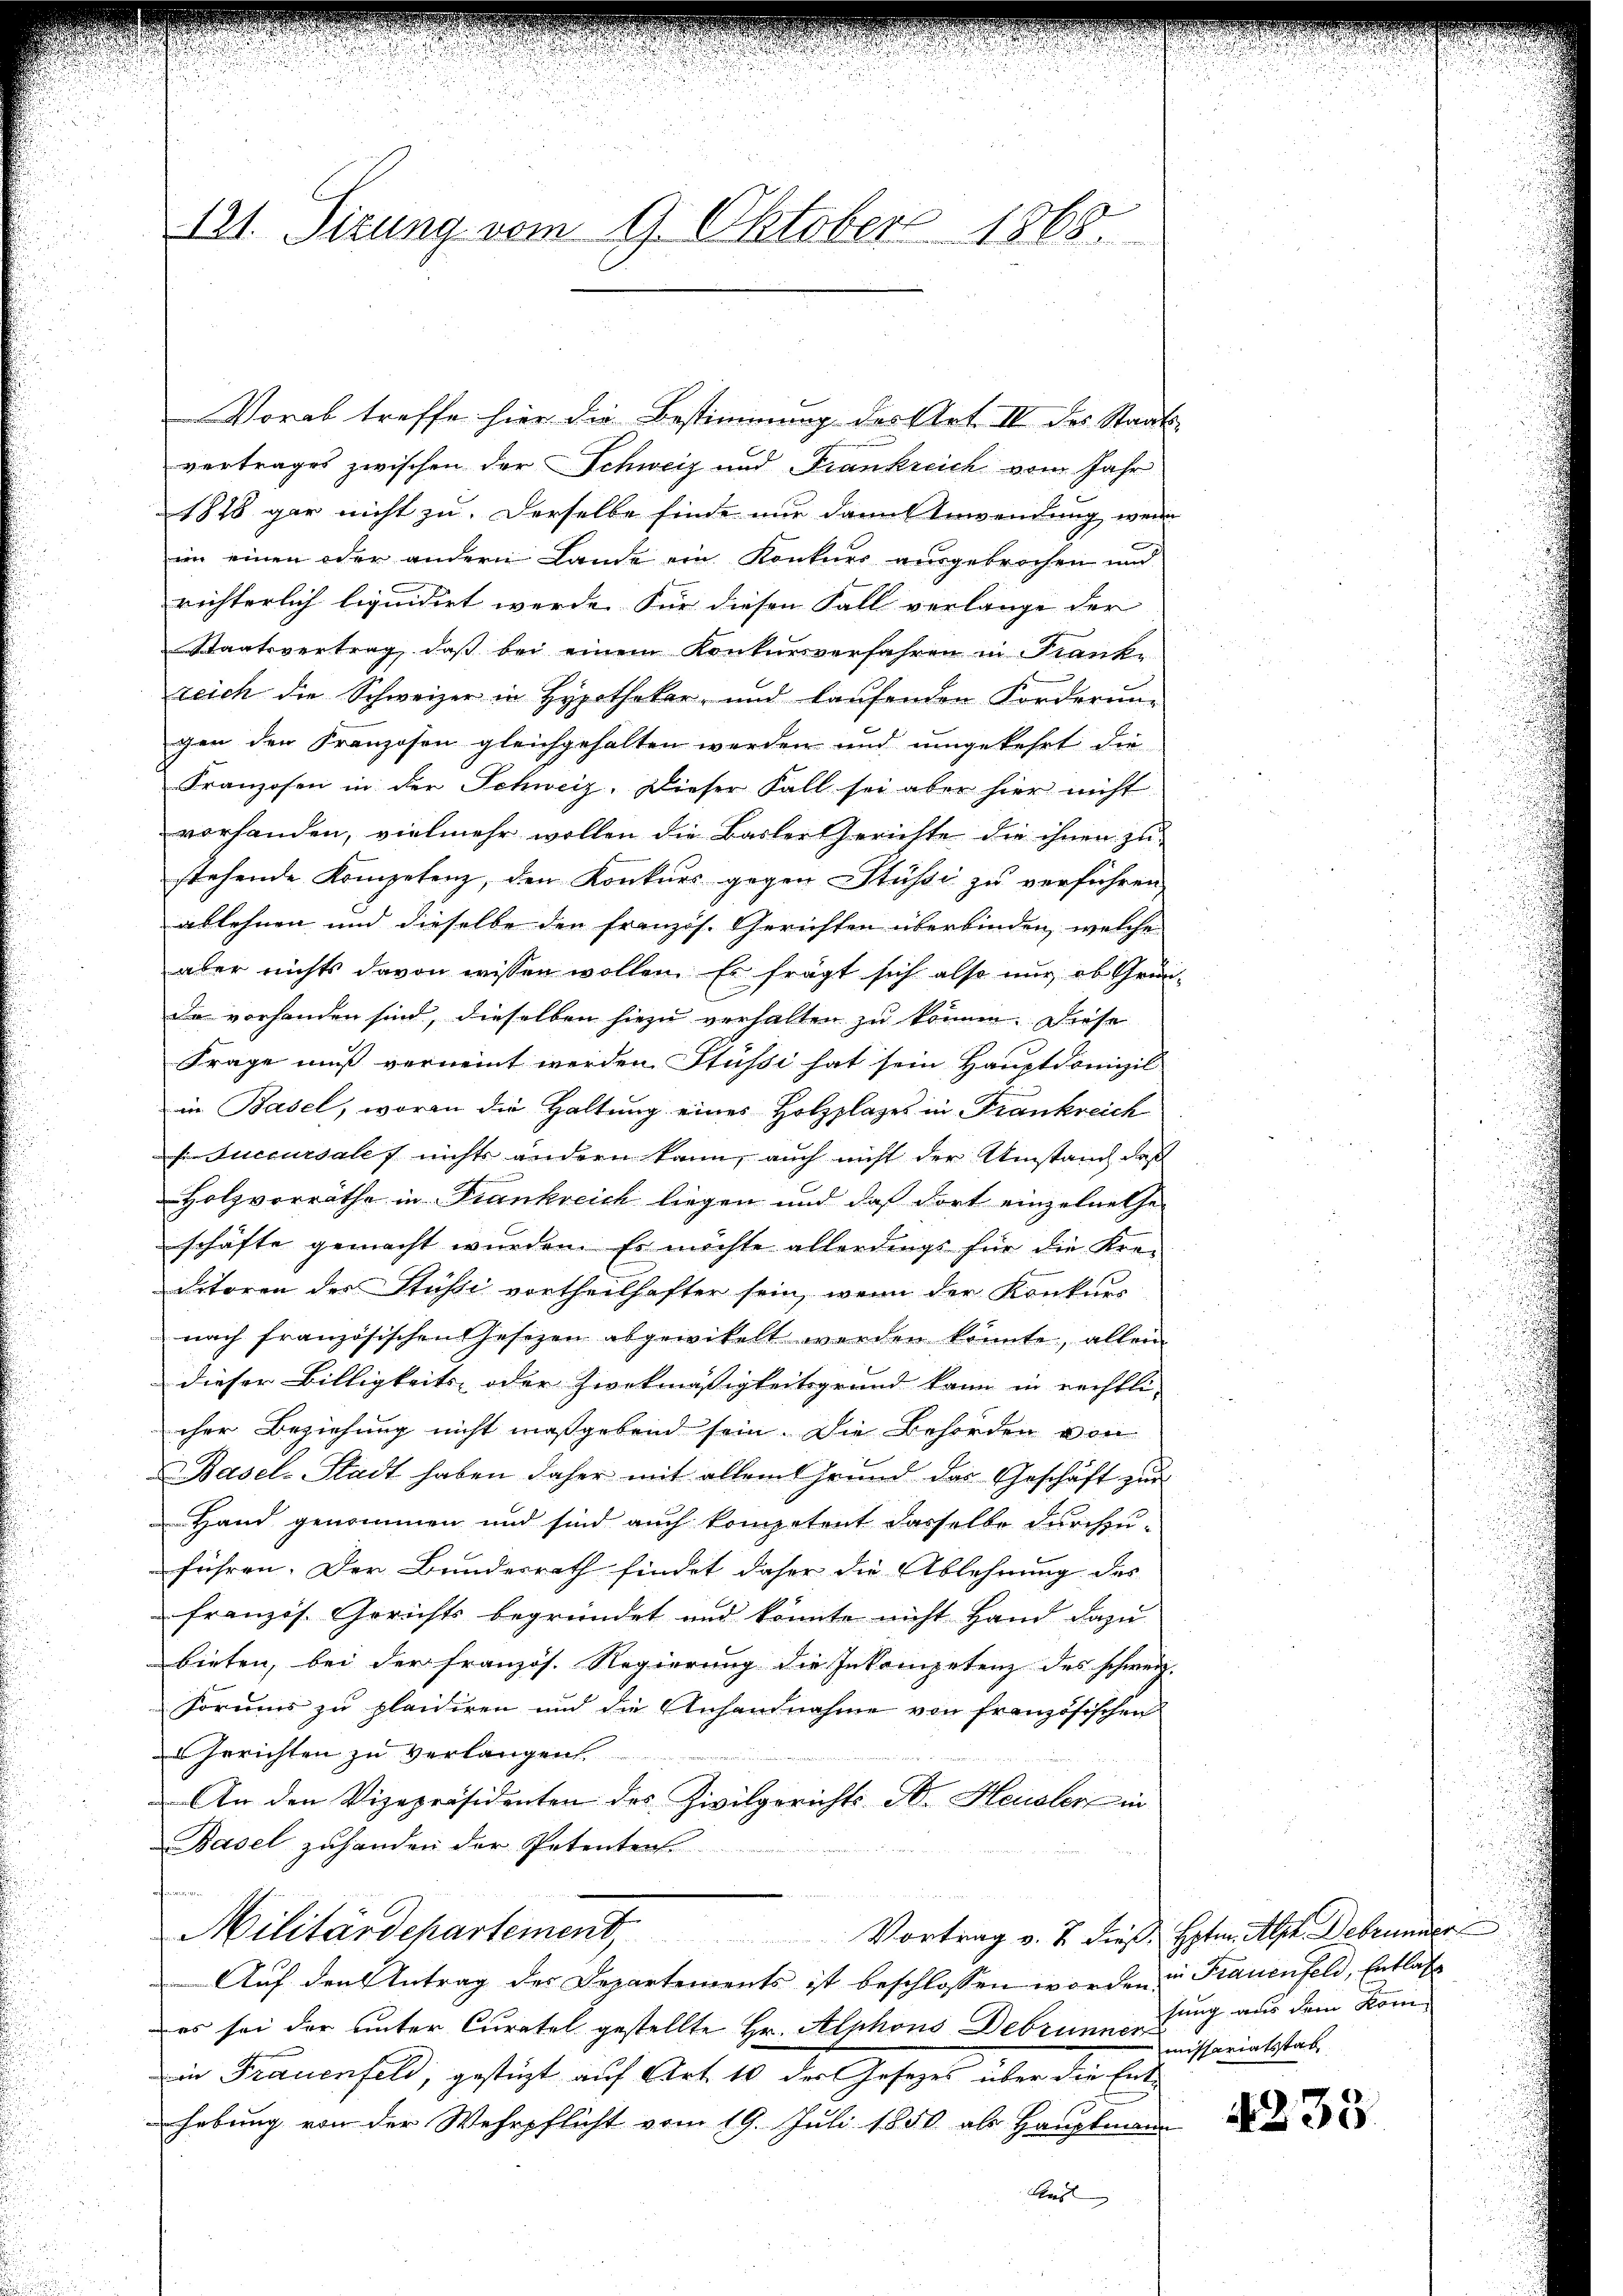
121. Sizung vom 9. Oktober 1865.

vertrages zwischen der Schweiz und Frankreich vom Jahr
1818 gar nicht zu. Derselbe finde nur dann Anwendung wenn
im einen oder andern Lande ein Konkurs ausgebrochen und
richterlich liquidirt werde. Für diesen Fall verlange der
Staatsvertrag, daß bei einem Konkursverfahren in Franke
reich die Schweizer in Hypothekar- und kaufenden Forderung
gen den Franzosen gleichgehalten werden und umgekehrt die
Franzosen in der Schweiz. Dieser Fall sei aber hier nicht
vorhanden, vielmehr wollen die Basler Gerichte die ihnen zustehende Kompetenz, den Konkurs gegen Stüssi zu verführen
ablehnen und dieselbe der französ. Gerichten überbinden, welche
aber nichts davon wissen wollen. Es fragt sich also nur ob Grün-
Da vorhanden sind, dieselben hiezu verhalten zu können. Diese
Frage muß verneint werden Stüssi hat sein Hauptdomizil
in Basel, worin die Haltung eines Holzplages in Frankreich
Succursales nichts ändern kann, auch nicht der Umstand daß
Holzvorräthe in Frankreich liegen und daß dort einzelnethe
schäfte gemacht wurden. Es möchte allerdings für die Kreditoren des Stüsse vortheilhafter sein, wenn der Konkurs
nach französischen Gesezen abgewittelt werden könnte, allein
dieser Billigkeits oder Zweckmässigkeitsgrund kann in rechtli
cher Beziehung nicht maßgebend sein. Die Behörden von
Basel-Stadt haben daher mit allem Grund des Geschäft zur
Hand genommen und sind auch kompetent dasselbe durchzu-
führen. Der Bundesrath findet daher die Ablehnung des
französ. Gerichts begründet und könnte nicht Hand dazu
bieten, bei der französ. Regierung die Inkompetenz des schweiz.
Formus zu plaidiren und die Anhandnahme von französischen
 Gerichten zu verlangen.
An den Vizepräsidenten des Zivilgerichts- A. Heusler in
Basel zuhanden der Petenten
f
Militärdepartement,
Vortrag v. 2. dieß Hptm. Als Debrunner
Auf den Antrag der Departements ist beschlossen worden in Frauenfeld, Entlas
es sei der unter Curatel gestellte Hr. Alphons Debrunnerung aus dem Komin Frauenfeld, gestüzt auf Art. 10 des Gesetzes über die Enthebung von der Wehrpflicht vom 19. Juli 1850 als Hauptmann
Aus

Vorab treffe hier die Bestimmung des Art. II des Staats-

missariatsstab,

4235